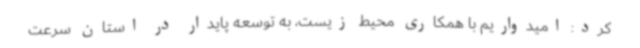
کرد: امیدواریم با همکاری محیط زیست، به توسعه پایدار در استان سرعت